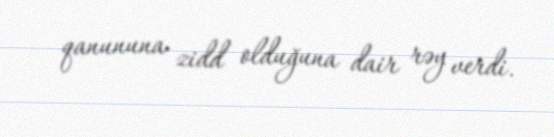
qanununa zidd olduğuna dair rəy verdi.